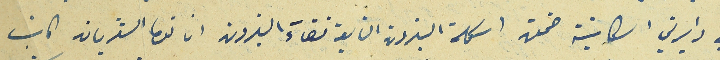
في دايرتي الكاينة ضمن اسكلة البترون التابعة قضاءَ البترون انا توما الشدياق كاتب